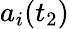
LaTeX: a_{i}(t_{2})